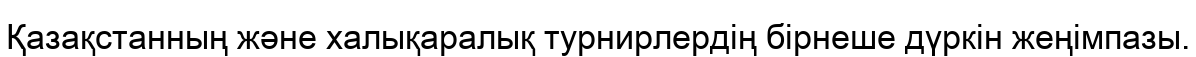
Қазақстанның және халықаралық турнирлердің бірнеше дүркін жеңімпазы.